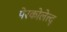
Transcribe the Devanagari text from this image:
पेरकोलेत्त्द्